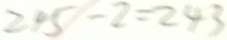
2 4 5 - 2 = 2 4 3